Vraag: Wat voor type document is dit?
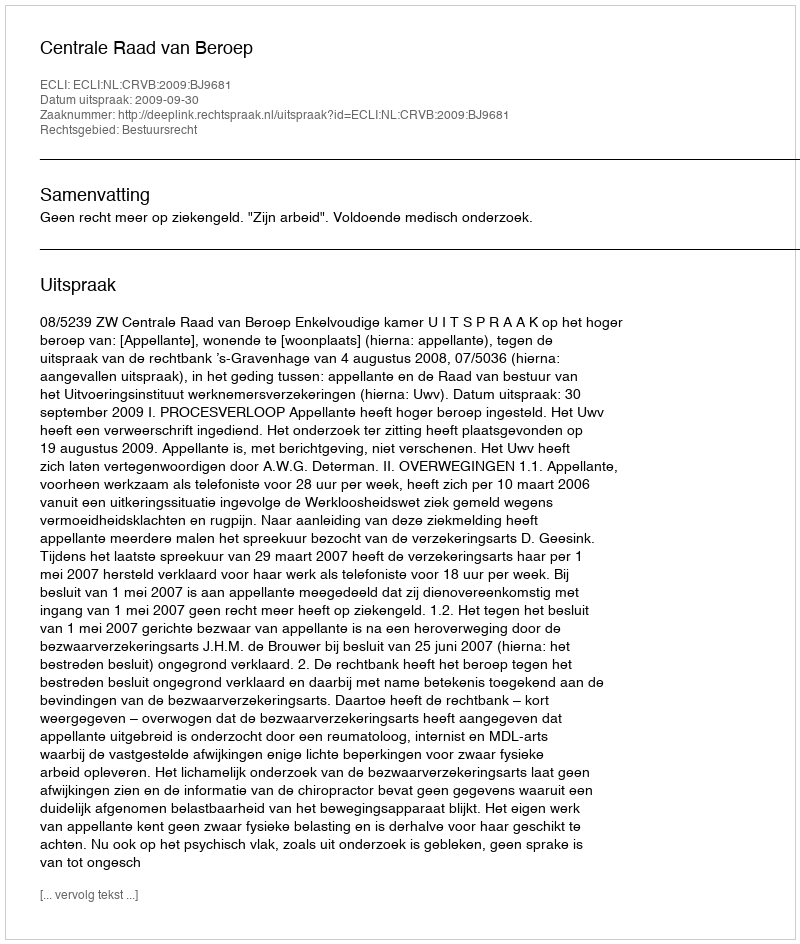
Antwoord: Uitspraak